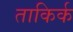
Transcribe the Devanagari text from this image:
ताकिर्क